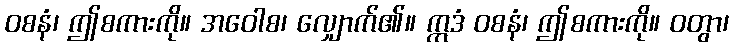
ဝစနံ၊ ဤစကားကို။ အဝေါစ၊ လျှောက်၏။ ဣဒံ ဝစနံ၊ ဤစကားကို။ ဝတွာ၊